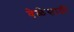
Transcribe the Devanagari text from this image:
वेळेसाठी